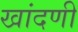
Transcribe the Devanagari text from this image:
खांदणी